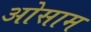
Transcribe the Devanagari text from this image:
ओसाम